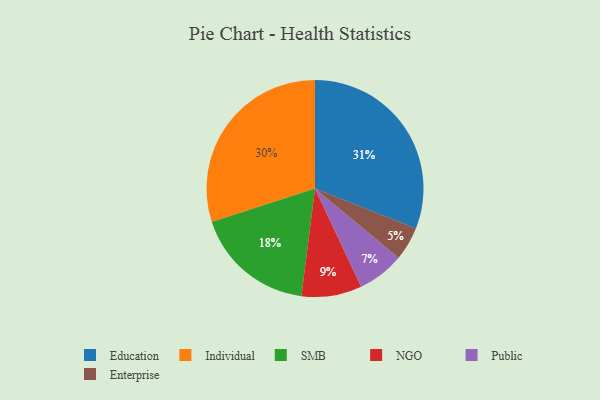
{"axis": {"x": "Category", "y": "Percentage"}, "legend": ["Education", "Enterprise", "Individual", "NGO", "Public", "SMB"], "data": [{"x": "NGO", "y": 9, "type": "NGO"}, {"x": "Individual", "y": 30, "type": "Individual"}, {"x": "Education", "y": 31, "type": "Education"}, {"x": "Public", "y": 7, "type": "Public"}, {"x": "Enterprise", "y": 5, "type": "Enterprise"}, {"x": "SMB", "y": 18, "type": "SMB"}]}